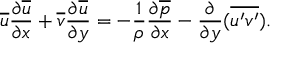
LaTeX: { \overline { { u } } } { \frac { \partial { \overline { { u } } } } { \partial x } } + { \overline { { v } } } { \frac { \partial { \overline { { u } } } } { \partial y } } = - { \frac { 1 } { \rho } } { \frac { \partial { \overline { { p } } } } { \partial x } } - { \frac { \partial } { \partial y } } ( { \overline { { u ^ { \prime } v ^ { \prime } } } } ) .